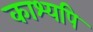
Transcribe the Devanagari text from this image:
काश्यपि